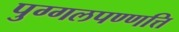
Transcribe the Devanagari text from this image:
पुग्गलपण्णत्ति